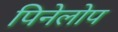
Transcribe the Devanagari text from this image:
पिनेलोप